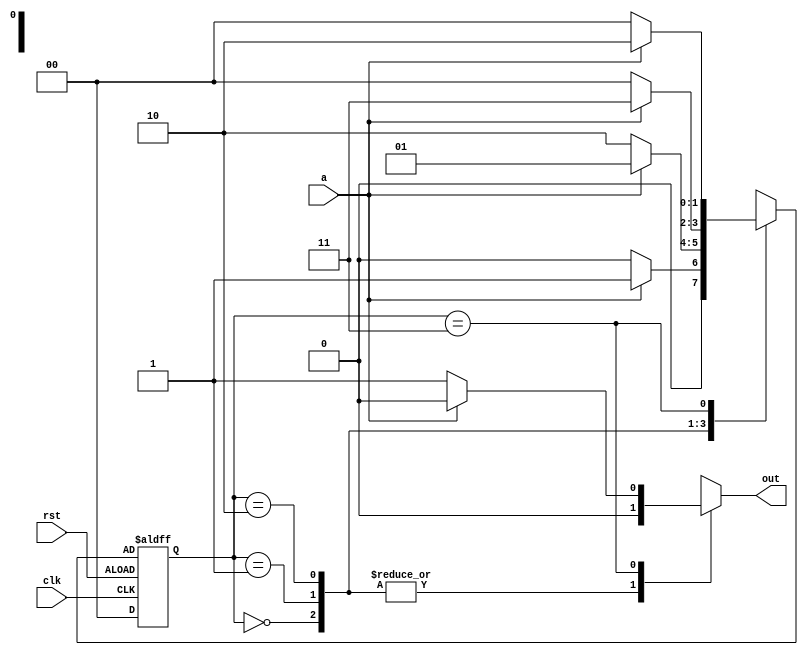
module ovmealy(
input clk,rst,a,
output reg out
);

reg [1:0]state,nextstate;
parameter S0=2'b00;
parameter S1=2'b01;
parameter S2=2'b10;
parameter S3=2'b11;


always @(posedge clk or posedge rst) begin
 if (rst==0) state<=S0;
else      state<=nextstate;
end

always @(*)begin
case(state)

S0:begin
 out<=1'b0;
if (a==1) nextstate<=S1;
else   nextstate<=S0;
end

S1:begin
out<=1'b0;
if (a==0) nextstate<=S2;
else    nextstate<=S1;
end

S2:begin
out<=1'b0;
if (a==1) nextstate<=S3;
else   nextstate<=S0;
end

S3:begin
if (a==0) out<=1'b1; 
else    out<=1'b0; 
 
if (a==0)      nextstate<=S0;
else           nextstate<=S2;
        
end

default:begin 
 out<=1'b0;
nextstate<=S0;
end

endcase
end
//assign out=(state==S3)&&(a==0)?1:0;
endmodule